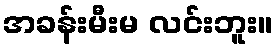
အခန်းမီးမ လင်းဘူး။